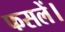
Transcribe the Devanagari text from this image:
फसलें।